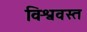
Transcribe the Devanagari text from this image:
विश्ववस्त